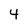
Character: 4